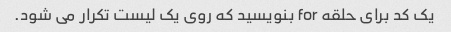
یک کد برای حلقه for بنویسید که روی یک لیست تکرار می شود.